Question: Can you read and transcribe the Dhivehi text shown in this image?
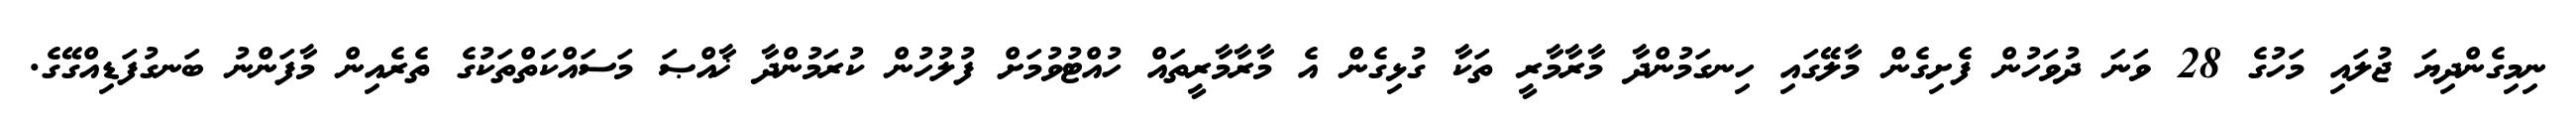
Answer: ނިމިގެންދިޔަ ޖުލައި މަހުގެ 28 ވަނަ ދުވަހުން ފެށިގެން މާލޭގައި ހިނގަމުންދާ މާރާމާރީ ތަކާ ގުޅިގެން އެ މާރާމާރީތައް ހުއްޓުވުމަށް ފުލުހުން ކުރަމުންދާ ޚާއްޞަ މަސައްކަތްތަކުގެ ތެރެއިން މާފަންނު ބަނގުފަޑިއްގޭގެ.